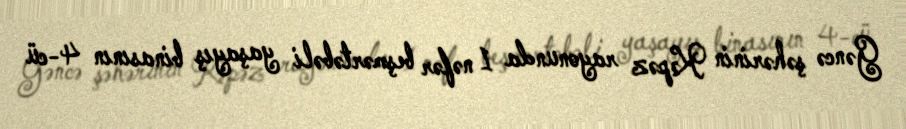
Gəncə şəhərinin Kəpəz rayonunda 1 nəfər beşmərtəbəli yaşayış binasının 4-cü